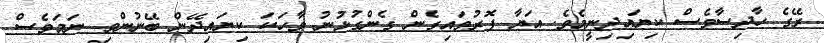
ރޭގެ ހާދިސާވެސް ކިޔައިދިނީމެވެ. އަޔާ ފޮރުވައިގެން ގެންގުޅުނު ވާހަކަ ކިޔައިދޭން ބޭނުންވި ނަމަވެސް